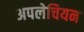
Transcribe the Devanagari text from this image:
अपलेचियन